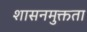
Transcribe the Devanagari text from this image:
शासनमुक्तता